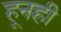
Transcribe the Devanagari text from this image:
हूनही